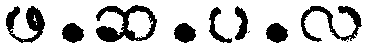
ဖ.ဆ.ပ.လ